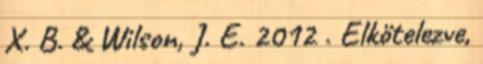
X. B. & Wilson, J. E. 2012 . Elkötelezve,